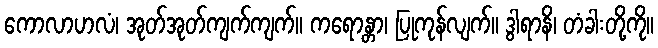
ကောလာဟလံ၊ အုတ်အုတ်ကျက်ကျက်။ ကရောန္တာ၊ ပြုကုန်လျက်။ ဒွါရာနိ၊ တံခါးတို့ကို။